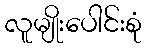
လူမျိုးပေါင်းစုံ